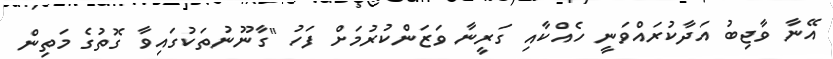
އޭނާ ވާޖިބު އަދާކުރައްވަނީ ހެއްކާއި ގަރީނާ ވަޒަންކުރުމަށް ފަހު "ގާނޫނުތަކުގައިވާ ގޮތުގެ މަތިން